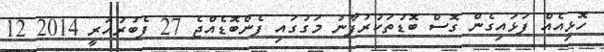
ހޮޅިއެއް ފަޅައިގެން ގޮސް ބޮޑުތަކުރުފާނު މަގުގައި ފެންބޮޑެއްޖެ 27 ފެބުރުއަރީ 2014 12